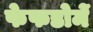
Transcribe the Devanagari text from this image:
फेफडोमें